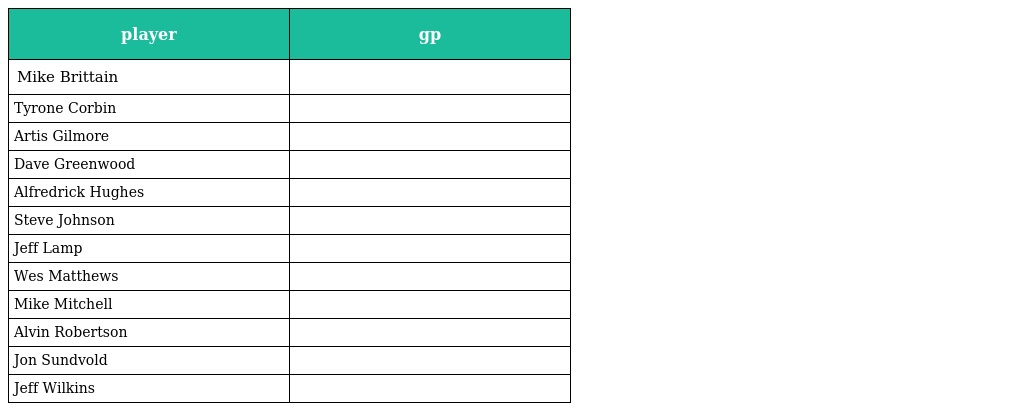
| player | gp |
 | --- | --- |
 | Mike Brittain |  |
 | Tyrone Corbin |  |
 | Artis Gilmore |  |
 | Dave Greenwood |  |
 | Alfredrick Hughes |  |
 | Steve Johnson |  |
 | Jeff Lamp |  |
 | Wes Matthews |  |
 | Mike Mitchell |  |
 | Alvin Robertson |  |
 | Jon Sundvold |  |
 | Jeff Wilkins |  |